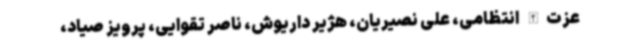
عزت‌الله انتظامی، علی نصیریان، هژیر داریوش، ناصر تقوایی، پرویز صیاد،